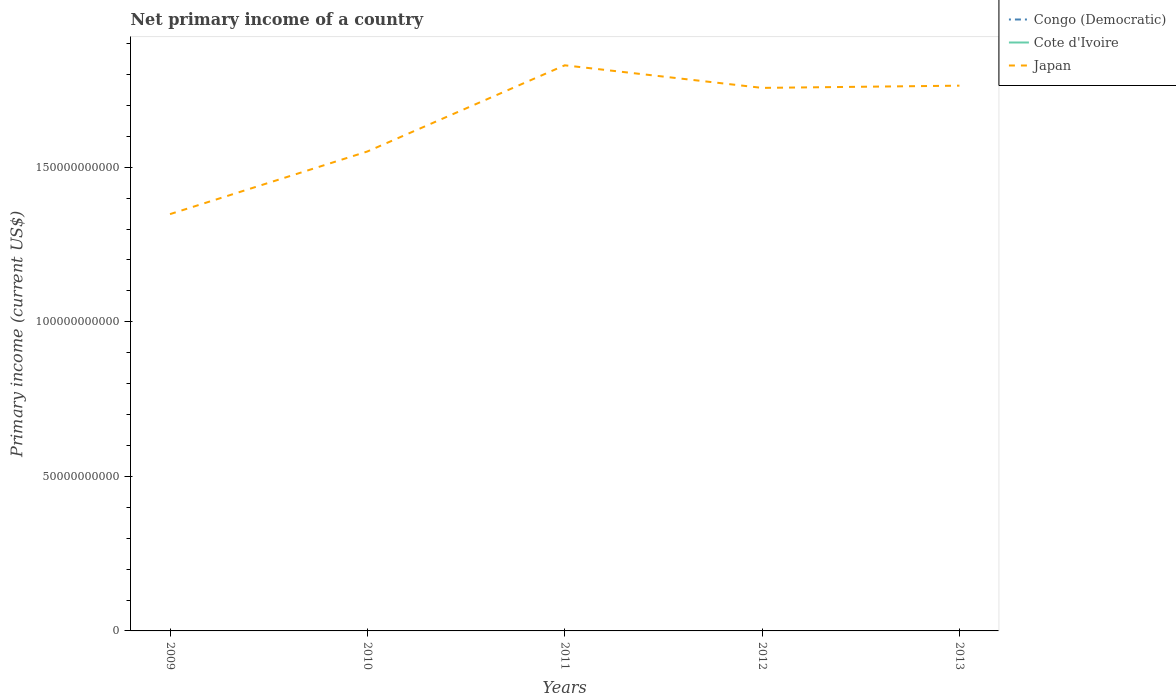
| Years | Congo (Democratic) | Cote d'Ivoire | Japan |
 | --- | --- | --- | --- |
 | 2009 | -7.79e+08 | -9.37e+08 | 1.35e+11 |
 | 2010 | -1.18e+09 | -9.14e+08 | 1.55e+11 |
 | 2011 | -1.1e+09 | -9.88e+08 | 1.83e+11 |
 | 2012 | -1.05e+09 | -9.2e+08 | 1.76e+11 |
 | 2013 | -2.88e+09 | -9.01e+08 | 1.76e+11 |